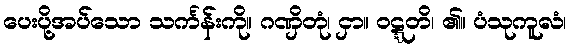
ပေးပို့အပ်သော သင်္ကန်းကို။ ဂဏှိတုံ၊ ငှာ။ ဝဋ္ဋတိ၊ ၏။ ပံသုကူလံ၊